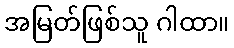
အမြတ်ဖြစ်သူ ဂါထာ။